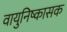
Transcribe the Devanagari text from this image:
वायुनिष्कासक